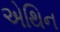
એથિન